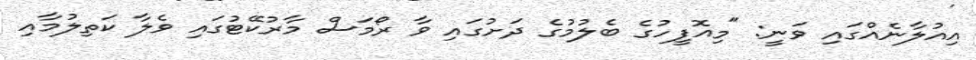
އިއުލާނެއްގައި ވަނީ: "މިއޮފީހުގެ ބެލުމުގެ ދަށުގައި ވާ ރޯމަސް މާރުކޭޓުގައި ވެލާ ކަތިލުމާއި